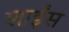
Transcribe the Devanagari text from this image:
शाईंस